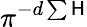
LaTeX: \pi^{-d\sum\mathsf{H}}